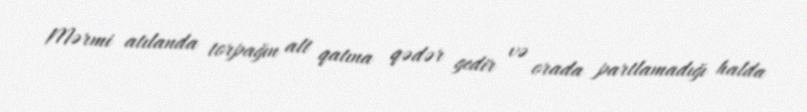
Mərmi atılanda torpağın alt qatına qədər gedir və orada partlamadığı halda